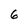
Character: 6